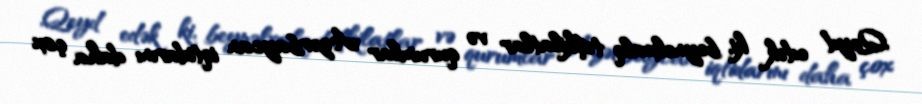
Qeyd edək ki, beynəlxalq təşkilatlar və qurumlar Azərbaycan iqtidarını daha çox